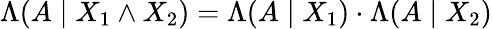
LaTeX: \Lambda(A\mid X_{1}\land X_{2})=\Lambda(A\mid X_{1})\cdot\Lambda(A\mid X_{2})